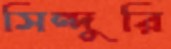
সিন্দুরি